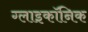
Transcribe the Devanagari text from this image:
ग्लाइकॉनिक